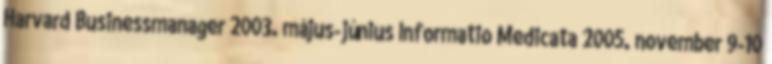
Harvard Businessmanager 2003. május-június Informatio Medicata 2005. november 9-10